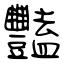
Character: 豔